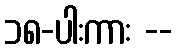
၁၈-ပါးကား --